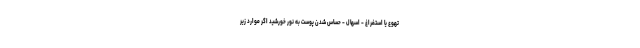
تهوع یا استفراغ - اسهال - حساس شدن پوست به نور خورشید اگر موارد زیر